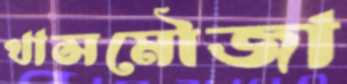
খাসমৌজা